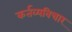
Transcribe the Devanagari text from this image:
कर्तव्यविचार